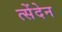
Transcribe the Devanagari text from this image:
त्सेंदेन